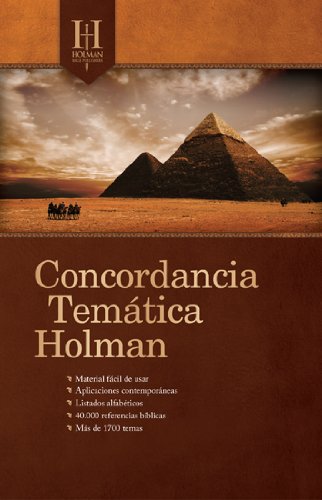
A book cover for Concordancia TemÃ¡tica Holman (Spanish Edition); B&H EspaÃ±ol Editorial Staff; Christian Books & Bibles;